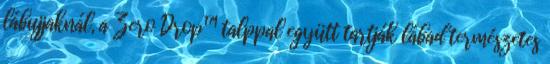
lábujjaknál, a Zero Drop™ talppal együtt tartják lábad természetes